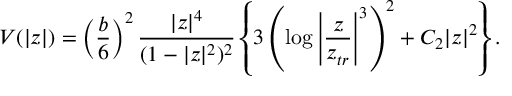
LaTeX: V ( | z | ) = \left( \frac { b } { 6 } \right) ^ { 2 } \frac { | z | ^ { 4 } } { ( 1 - | z | ^ { 2 } ) ^ { 2 } } \left\{ 3 \left( \log \left| \frac { z } { z _ { t r } } \right| ^ { 3 } \right) ^ { 2 } + C _ { 2 } | z | ^ { 2 } \right\} .